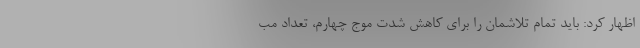
اظهار کرد: باید تمام تلاشمان را برای کاهش شدت موج چهارم، تعداد مب